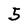
Character: 5